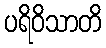
ပရိဝိသာတိ